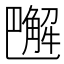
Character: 𧤭